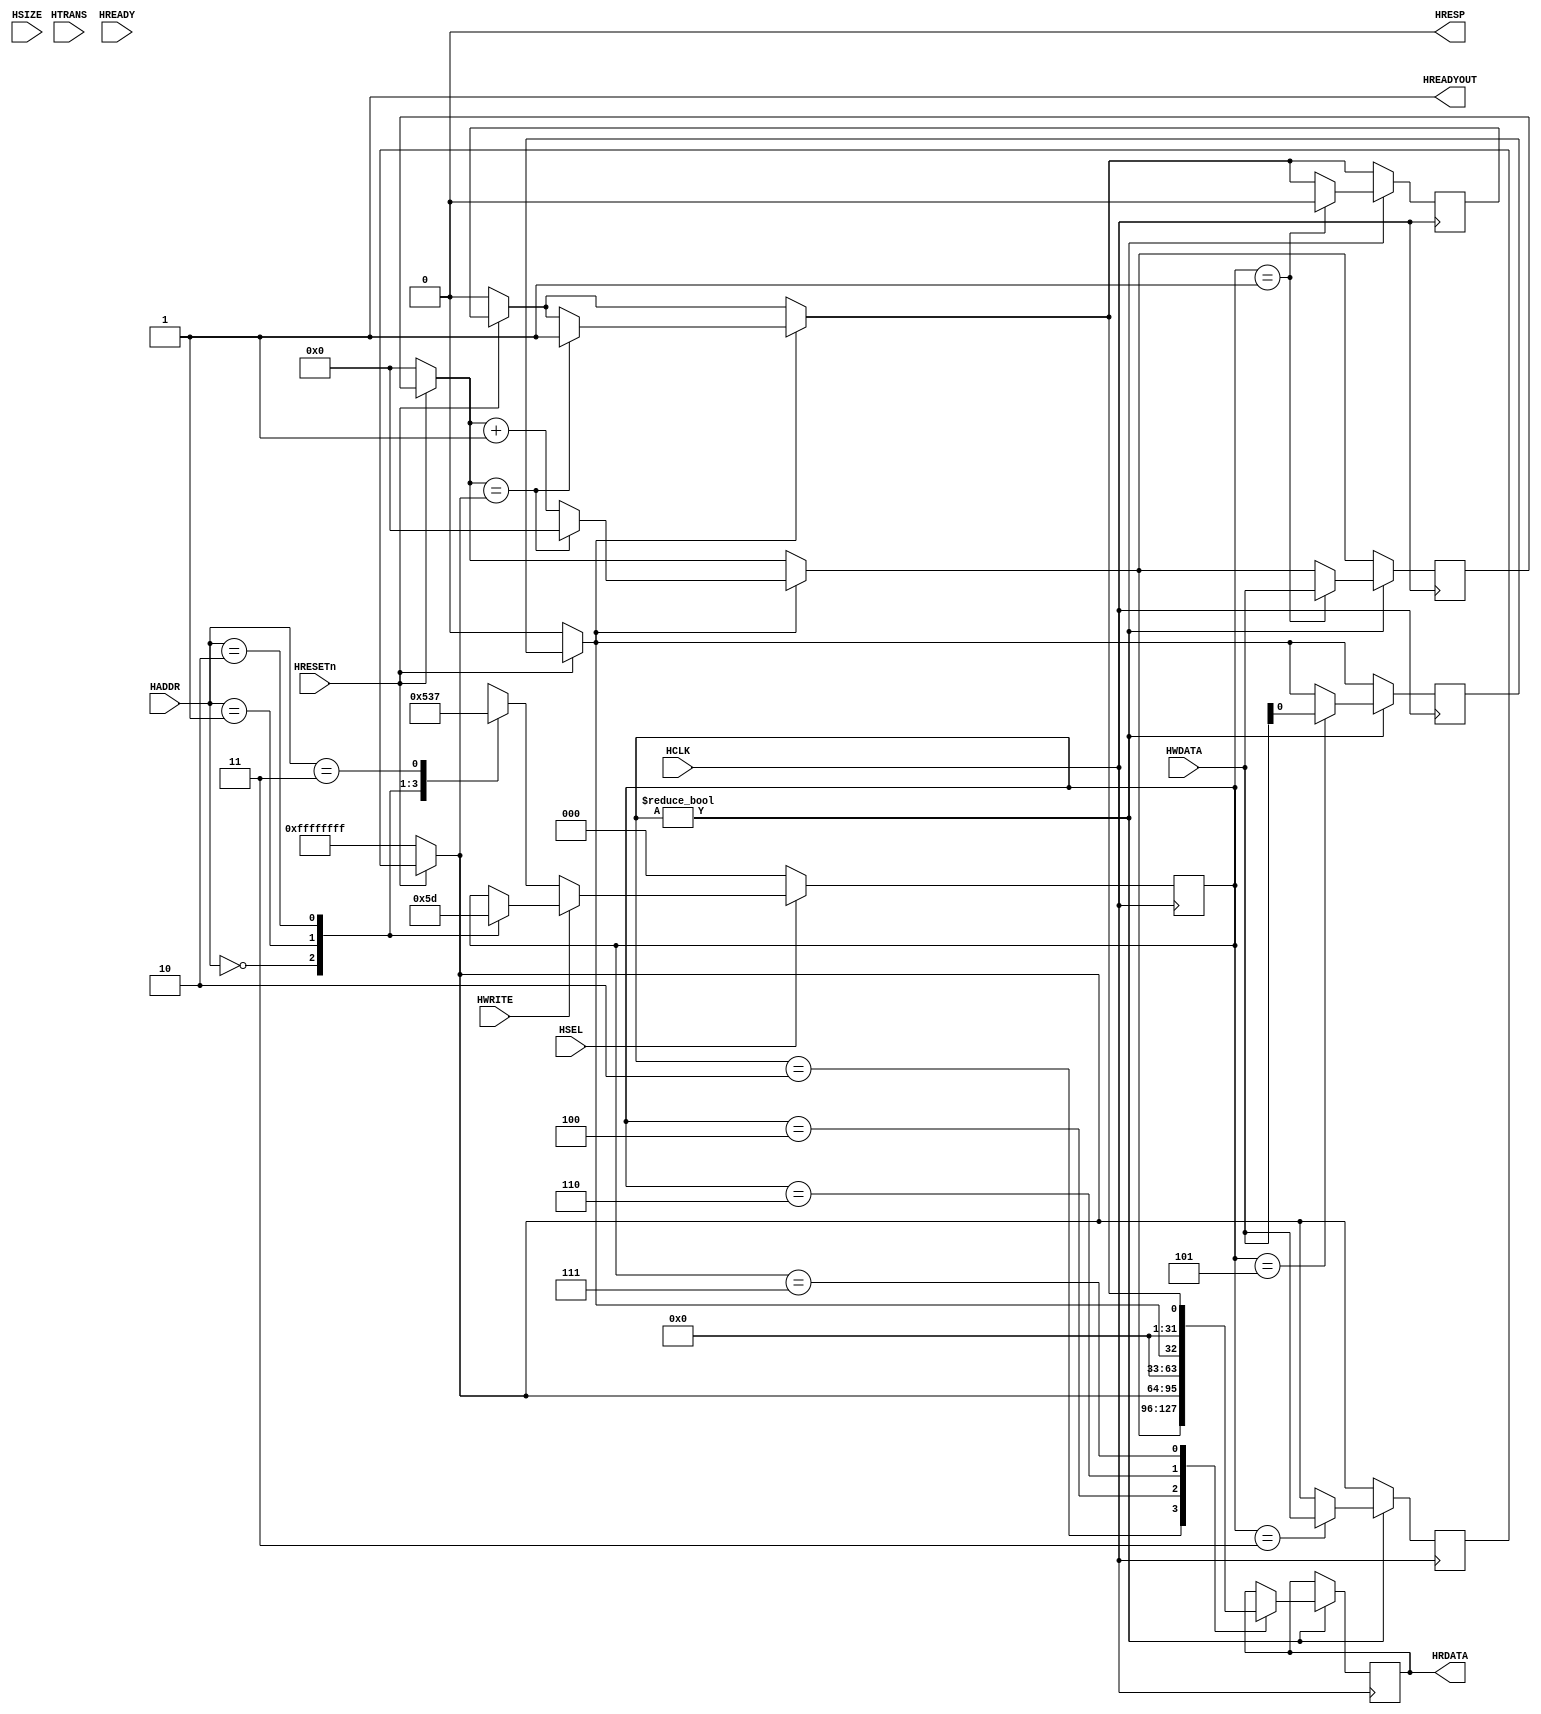
`timescale 1ns/1ps
/*
Register map

0x0	CNT 		R/W
0x4	ARR 		R/W
0x8	ONOFF 	R/W active-high
0x0C	OVERFLOW R
*/
module cmsdk_ahb_counter(

  // Inputs
 input  wire          HCLK,      // Clock
 input  wire          HRESETn,   // Reset
 input  wire          HSEL,      // Slave select
 input  wire [1:0]    HTRANS,    // Transfer type
 input  wire          HREADY,    // System ready
 input  wire [3:2] 	 HADDR,   // Address
 input  wire [2:0]    HSIZE,   // Transfer size
 input  wire          HWRITE,  // Write control
 input  wire [31:0]   HWDATA,  // Write data

  // Outputs
 output wire       	 HREADYOUT, // Slave ready
 output wire       	 HRESP,      // Slave response
 output wire [31:0]   HRDATA  // Read data output
 

);

localparam CNT_select 		=	2'b00;
localparam ARR_select 		=	2'b01;
localparam ONOFF_select 	=	2'b10;
localparam OVERFLOW_select =	2'b11;

localparam state_idle		=	3'b000;
localparam state_w_cnt		=	3'b001;
localparam state_r_cnt		=	3'b010;
localparam state_w_arr		=	3'b011;
localparam state_r_arr		=	3'b100;
localparam state_w_onoff	=	3'b101;
localparam state_r_onoff	=	3'b110;
localparam state_r_overflow=	3'b111;

reg [31:0]	CNT;
reg [31:0]	ARR;//auto reload register
reg 			ONOFF;
reg			OVERFLOW;
reg [2:0]	state;
reg [31:0]  HRDATA_buff;

//HTRANS is always 10
assign HREADYOUT = 1'b1;
assign HRESP 	  = 1'b0;
assign HRDATA	  = HRDATA_buff;

initial
begin
	CNT		<=	{32{1'b0}};
	ARR		<=	{32{1'b1}};
	ONOFF		<=	1'b0;
	OVERFLOW	<=	1'b0;
	state		<=	state_idle;
end
/*
//always
always @(posedge HCLK)
begin
// AHB control	
	if(HSEL)
	begin
	//master write
		if(HWRITE)
		begin
		
			case(HADDR[3:2])
				CNT_select:
				begin
					state	<=	state_w_cnt;
				end
				ARR_select:
				begin
					state	<=	state_w_arr;
				end
				ONOFF_select:
				begin
					state	<=	state_w_onoff;
				end
			endcase
		end
		
		//master read
		else
		begin
		
			case(HADDR[3:2])
				CNT_select:
				begin
					state	<=	state_r_cnt;
				end
				ARR_select:
				begin
					state	<=	state_r_arr;
				end
				ONOFF_select:
				begin
					state	<=	state_r_onoff;				
				end	
				OVERFLOW_select:
				begin
					state	<=	state_r_overflow;				
				end
			endcase
		
		end
	//CNTOVERFLOW
	end
	else
		#5	state	<=	state_idle;
end

always @(posedge HCLK)
begin

	//reset
	if(~HRESETn)
	begin
		CNT		=	{32{1'b0}};
		ARR		=	{32{1'b1}};
		ONOFF		=	1'b0;
		OVERFLOW	=	1'b0;
	end
	//counting
	if(ONOFF)
	begin
		if(CNT==ARR)
		begin
			OVERFLOW	=	1'b1;
			CNT		=	{32{1'b0}};
		end
		else
			CNT=CNT+1'b1;
	end
	//setting registers
	if(state!=state_idle)
	begin
		case(state)
			state_w_cnt:
			begin
				CNT	=	HWDATA;
				OVERFLOW	=	1'b0;
			end
			state_r_cnt:
				HRDATA_buff	=	CNT;
			state_w_arr:
				ARR	=	HWDATA;
			state_r_arr:
				HRDATA_buff	=	ARR;
			state_w_onoff:
				ONOFF	=	HWDATA[0];
			state_r_onoff:
				HRDATA_buff	=	{{31{1'b0}},ONOFF};
			state_r_overflow:
				HRDATA_buff	=	{{31{1'b0}},OVERFLOW};
		endcase
	end

end
*/

always @(posedge HCLK)
begin

	//reset
	if(~HRESETn)
	begin
		CNT		=	{32{1'b0}};
		ARR		=	{32{1'b1}};
		ONOFF		=	1'b0;
		OVERFLOW	=	1'b0;
	end
	//counting
	if(ONOFF)
	begin
		if(CNT==ARR)
		begin
			OVERFLOW	=	1'b1;
			CNT		=	{32{1'b0}};
		end
		else
			CNT=CNT+1'b1;
	end
	//setting registers
	if(state!=state_idle)
	begin
		case(state)
			state_w_cnt:
			begin
				CNT	=	HWDATA;
				OVERFLOW	=	1'b0;
			end
			state_r_cnt:
				HRDATA_buff	=	CNT;
			state_w_arr:
				ARR	=	HWDATA;
			state_r_arr:
				HRDATA_buff	=	ARR;
			state_w_onoff:
				ONOFF	=	HWDATA[0];
			state_r_onoff:
				HRDATA_buff	=	{{31{1'b0}},ONOFF};
			state_r_overflow:
				HRDATA_buff	=	{{31{1'b0}},OVERFLOW};
		endcase
	end
// AHB control	
	if(HSEL)
	begin
	//master write
		if(HWRITE)
		begin
			case(HADDR[3:2])
				CNT_select:
				begin
					state	<=	state_w_cnt;
				end
				ARR_select:
				begin
					state	<=	state_w_arr;
				end
				ONOFF_select:
				begin
					state	<=	state_w_onoff;
				end
			endcase
		end
		
		//master read
		else
		begin
			case(HADDR[3:2])
				CNT_select:
				begin
					state	<=	state_r_cnt;
				end
				ARR_select:
				begin
					state	<=	state_r_arr;
				end
				ONOFF_select:
				begin
					state	<=	state_r_onoff;				
				end	
				OVERFLOW_select:
				begin
					state	<=	state_r_overflow;				
				end
			endcase
		
		end
	//CNTOVERFLOW
	end
	else
		state	<=	state_idle;
end


endmodule